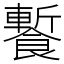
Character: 䭕